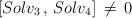
LaTeX: \begin{align*}\left[ Solv_3 \, , \, Solv_4 \right] \, \ne \, 0\end{align*}